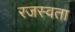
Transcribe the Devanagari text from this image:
रजस्वता